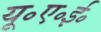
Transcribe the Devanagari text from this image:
यू॰ए॰ई॰